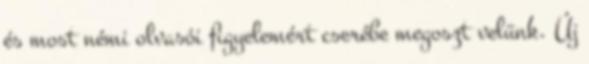
és most némi olvasói figyelemért cserébe megoszt velünk. Új